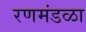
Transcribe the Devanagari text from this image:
रणमंडळा